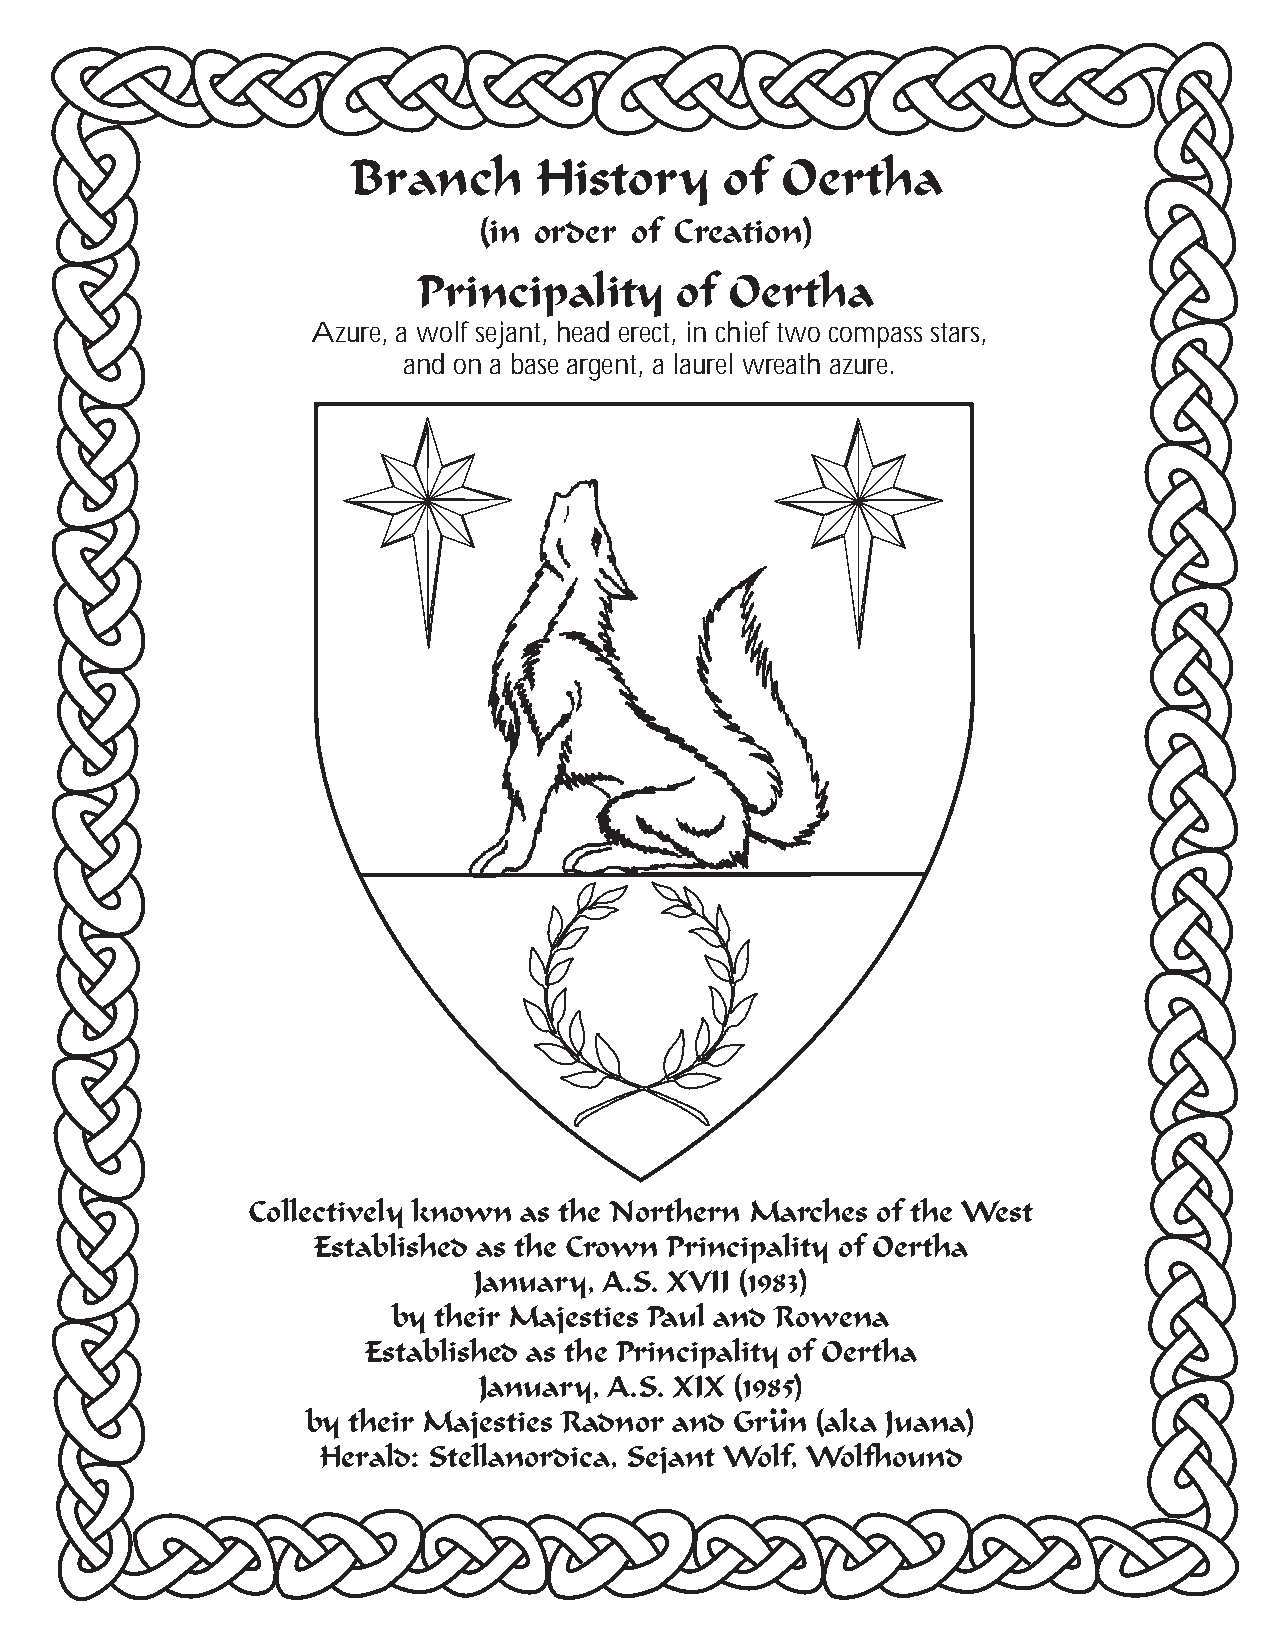
Branch       History     of  Oertha
 (in order of Creation)
 Principality     of Oertha
 Azure, a wolf sejant, head erect, in chief two compass stars,
 and on a base argent, a laurel wreath azure.
 Collectively known as the Northern Marches of the West
 Established as the Crown Principality of Oertha
 January, A.S. XVII (1983)
 by their Majesties Paul and Rowena
 Established as the Principality of Oertha
 January, A.S. XIX (1985)
 by their Majesties Radnor and Grun (aka Juana)
 Herald: Stellanordica, Sejant Wolf, Wolfhound